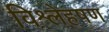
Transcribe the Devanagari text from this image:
विश्लेहषण